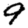
Digit: 9